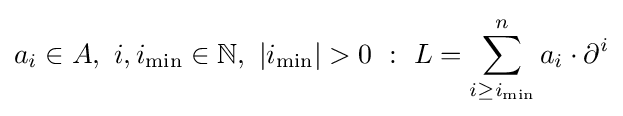
a_{i}\in A,\ i,i_{\min }\in \mathbb {N} ,\ |i_{\min }|>0\ :\ L=\sum _{i\geq i_{\min }}^{n}a_{i}\cdot \partial ^{i}